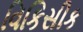
વિકિસીક